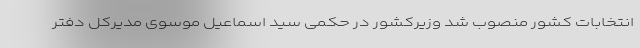
انتخابات کشور منصوب شد وزیرکشور در حکمی سید اسماعیل موسوی مدیرکل دفتر